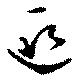
延